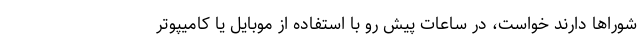
شوراها دارند خواست، در ساعات پیش رو با استفاده از موبایل یا کامیپوتر